Indian journal of veterinary science and animal husbandry - Volume 4,
Year: 1934
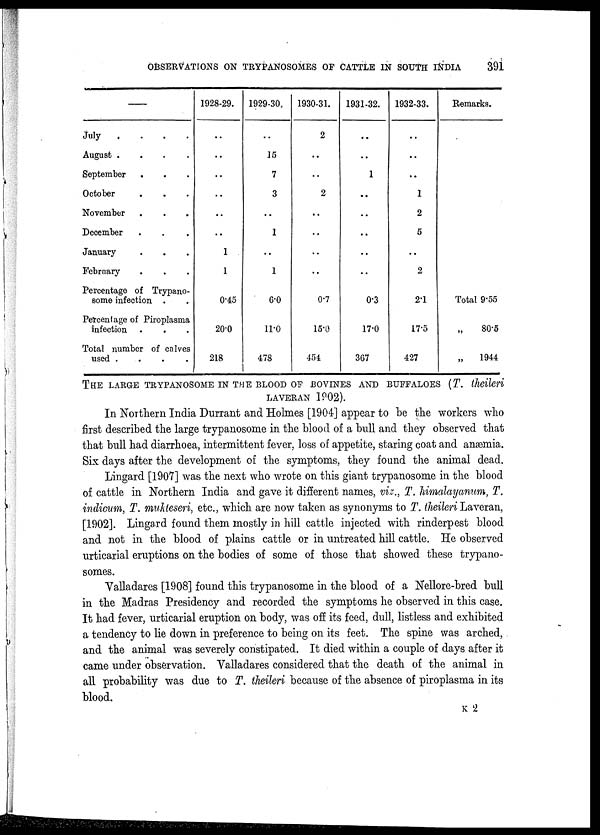
OBSERVATIONS ON TRYPANOSOMES OF CATTLE IN SOUTH INDIA
391
—
July
....
August
....
September....
October...
November...
December..
January...
February...
Percentage of Trypano-
some infection . .
Percentage of Piroplasma
infection
Total number of calves
used
....
1928-29.
..
..
..
..
..
..
1
1
0.45
20.0
218
1929-30.
..
15
7
3
..
1
..
1
6.0
11.0
478
1930-31.
2
..
..
2
..
..
..
..
0.7
15.0
454
1931-32.
..
..
1
..
..
..
. .
..
0.3
17.0
367
1932-33.
..
. .
. .
1
2
5
. .
2
2.1
17.5
427
Remarks.
Total 9.55
„ 80.5
„
1944
THE LARGE TRYPANOSOME IN THE BLOOD OF BOVINES AND BUFFALOES (T. theileri
LAVERAN 1902).
In Northern India Durrant and Holmes [1904] appear to be the workers who
first described the large trypanosome in the blood of a bull and they observed that
that bull had diarrhoea, intermittent fever, loss of appetite, staring coat and anæmia.
Six days after the development of the symptoms, they found the animal dead.
Lingard [1907] was the next who wrote on this giant trypanosome in the blood
of cattle in Northern India and gave it different names, viz., T. himalayanum, T.
indicum, T. mukteseri, etc., which are now taken as synonyms to T. theileri Laveran,
[1902]. Lingard found them mostly in hill cattle injected with rinderpest blood
and not in the blood of plains cattle or in untreated hill cattle. He observed
urticarial eruptions on the bodies of some of those that showed these trypano-
somes.
Valladares [1908] found this trypanosome in the blood of a Nellore-bred bull
in the Madras Presidency and recorded the symptoms he observed in this case.
It had fever, urticarial eruption on body, was off its feed, dull, listless and exhibited
a tendency to lie down in preference to being on its feet. The spine was arched,
and the animal was severely constipated. It died within a couple of days after it
came under observation. Valladares considered that the death of the animal in
all probability was due to T. theileri because of the absence of piroplasma in its
blood.
K 2